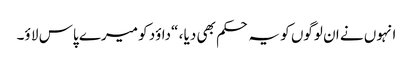
انہوں نے ان لوگوں کو یہ حکم بھی دیا ، “داؤد کو میرے پاس لا ؤ۔